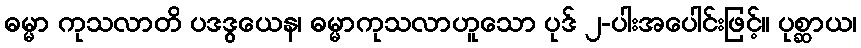
ဓမ္မာ ကုသလာတိ ပဒဒွယေန၊ ဓမ္မာကုသလာဟူသော ပုဒ် ၂-ပါးအပေါင်းဖြင့်။ ပုစ္ဆာယ၊